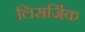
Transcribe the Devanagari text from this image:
लिसर्जिक